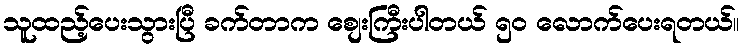
သူထည့်ပေးသွားပြီ ခက်တာက စျေးကြီးပါတယ် ၅၀ လောက်ပေးရတယ်။